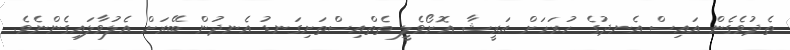
ތެދުވެގެން އައިސް އެނދުގެ ހުރަހަށް އަރީޝާ އޮށޯވެލީ ތެތްއިސްތަށިގަނޑު އެނދުން ބޭރަށް އެލުވާލައިގެންނެވެ.